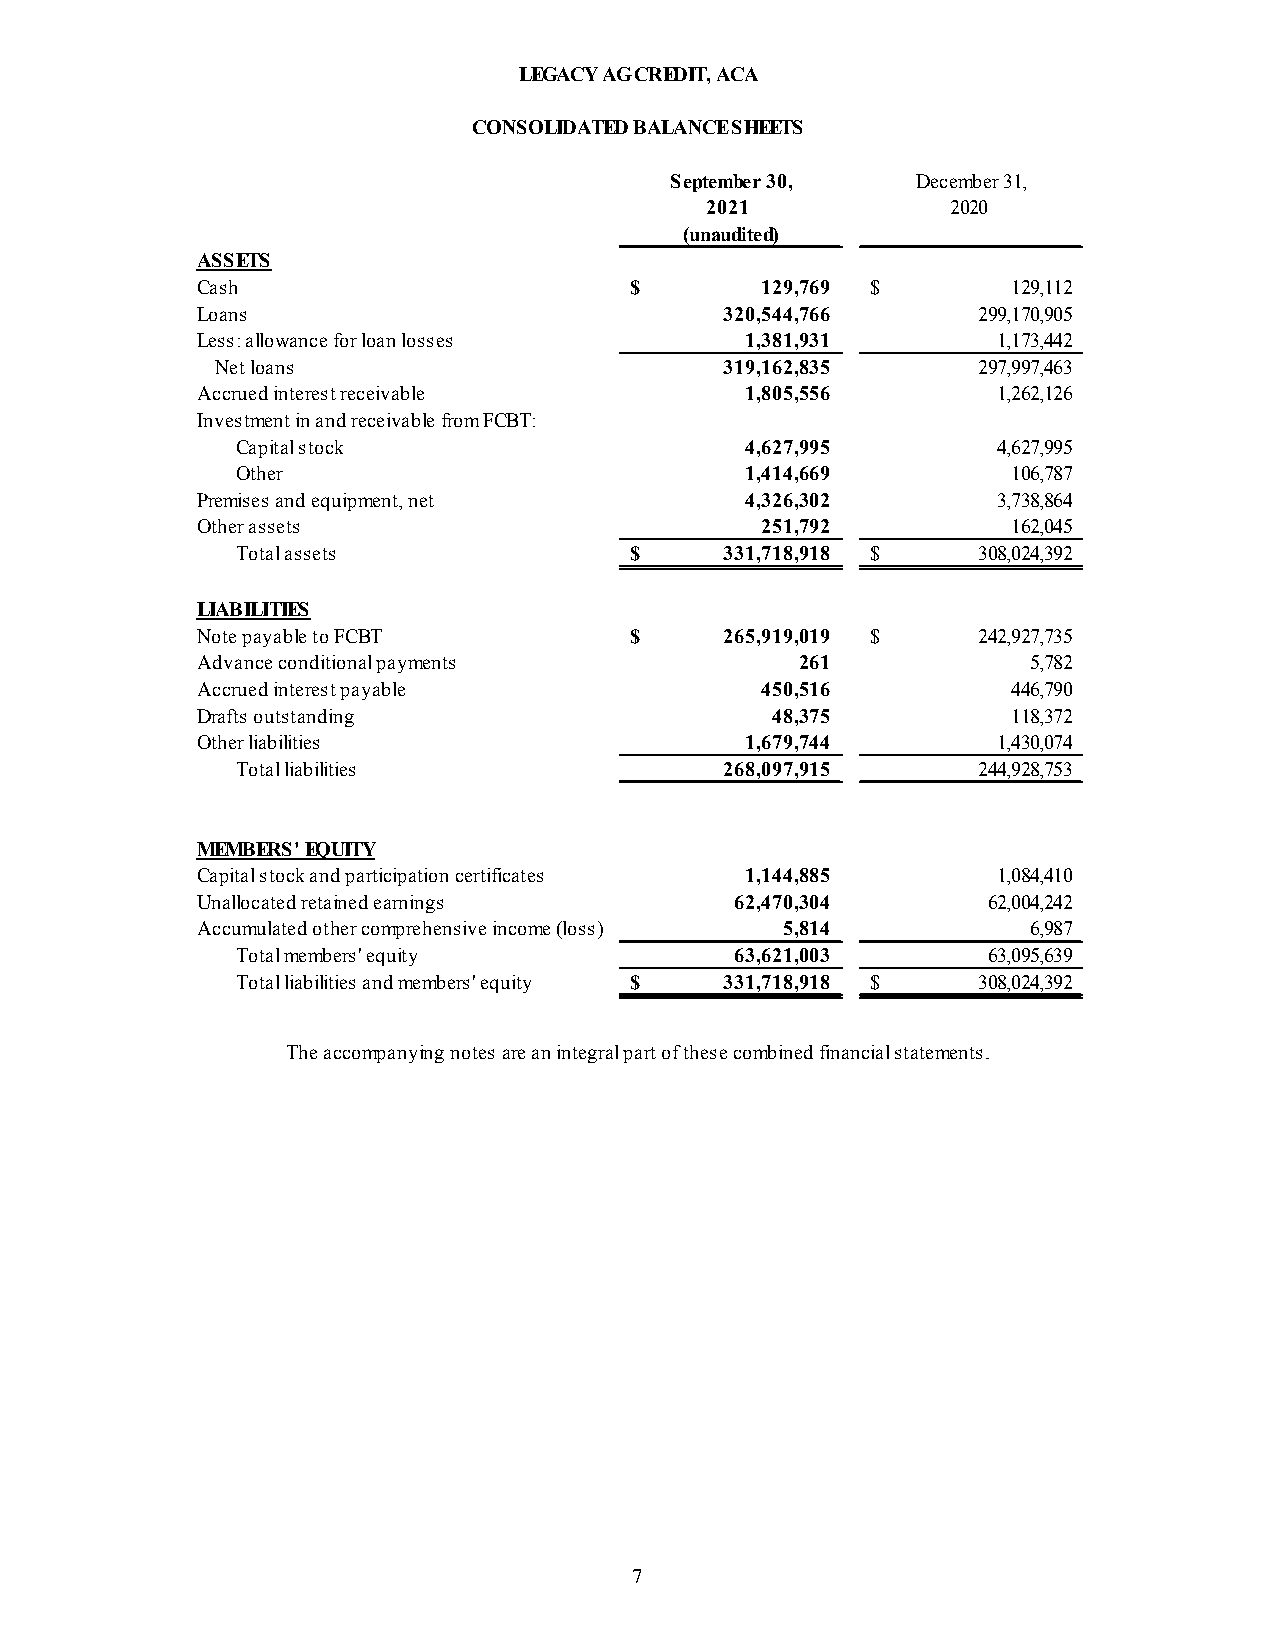
LEGACY AG CREDIT, ACA
 CONSOLIDATED BALANCE SHEETS
 September 30,    December 31,
 2021            2020
 (unaudited)
 ASSETS
 Cash                         $       129,769 $        1 29,112
 Loans                              3 20,544,766     2 99,170,905
 Less: allowance for loan losses     1,381,931        1 ,173,442
 Net loans                         3 19,162,835     2 97,997,463
 Accrued interest receivable         1,805,556        1 ,262,126
 Investment in and receivable from FCBT:
 Capital stock                    4,627,995        4 ,627,995
 Other                            1,414,669         1 06,787
 Premises and equipment, net         4,326,302        3 ,738,864
 Other assets                         2 51,792         1 62,045
 Total assets              $     331,718,918 $    3 08,024,392
 LIABILITIES
 Note payable to FCBT         $     265,919,019 $    2 42,927,735
 Advance conditional payments            2 61           5 ,782
 Accrued interest payable             4 50,516         4 46,790
 Drafts outstanding                    48,375          1 18,372
 Other liabilities                   1,679,744        1 ,430,074
 Total liabilities               2 68,097,915     2 44,928,753
 MEMBERS' EQUITY
 Capital stock and participation certificates 1,144,885 1 ,084,410
 Unallocated retained earnings       62,470,304      6 2,004,242
 Accumulated other comprehensive income (loss) 5,814    6 ,987
 Total members' equity            63,621,003      6 3,095,639
 Total liabilities and members' equity $ 331,718,918 $ 3 08,024,392
 The accompanying notes are an integral part of these combined financial statements.
 7